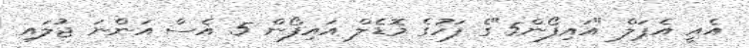
އެއީ އެޕަލް "އައިފޯން5"ގެ ފަހުގެ މޮޑެލް އައިފޯން 5 އެސް އަންނަ ޖުލައި